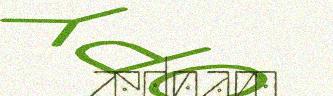
ædnam